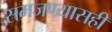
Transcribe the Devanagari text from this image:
समजण्यासही